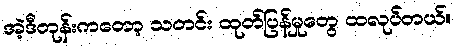
အဲ့ဒီတုန်းကတော့ သတင်း ထုတ်ပြန်မှုတွေ ထလုပ်တယ်။